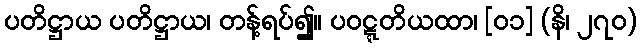
ပတိဋ္ဌာယ ပတိဋ္ဌာယ၊ တန့်ရပ်၍။ ပဝဋ္ဋတိယထာ၊ [၀၁] (နိ၊ ၂၇၀)